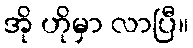
အို ဟိုမှာ လာပြီ။